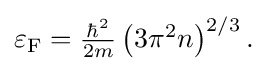
{\textstyle \varepsilon _{\text{F}}={\frac {\hbar ^{2}}{2m}}\left({3\pi ^{2}n}\right)^{2/3}.}